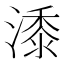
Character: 潻